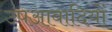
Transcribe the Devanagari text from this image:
उपआबादियों